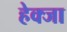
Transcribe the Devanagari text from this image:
हेक्जा